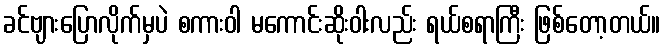
ခင်ဗျားပြောလိုက်မှပဲ စကားဝါ မကောင်းဆိုးဝါးလည်း ရယ်စရာကြီး ဖြစ်တော့တယ်။